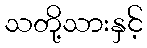
သတို့သားနှင့်